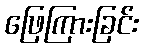
ဖြေကြားခြင်း